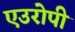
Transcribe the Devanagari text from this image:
एउरोपी